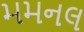
મમનલ